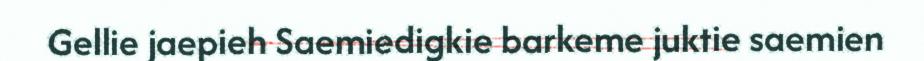
Gellie jaepieh Saemiedigkie barkeme juktie saemien